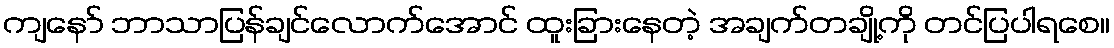
ကျနော် ဘာသာပြန်ချင်လောက်အောင် ထူးခြားနေတဲ့ အချက်တချို့ကို တင်ပြပါရစေ။